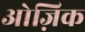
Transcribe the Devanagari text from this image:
ओज़िक